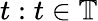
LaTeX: t:t\in\mathbb{T}